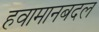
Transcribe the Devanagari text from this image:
हवामानबदल